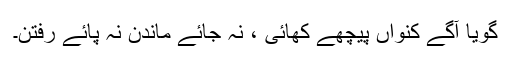
گویا آگے کنواں پیچھے کھائی ، نہ جائے ماندن نہ پائے رفتن۔